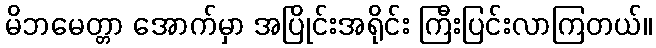
မိဘမေတ္တာ အောက်မှာ အပြိုင်းအရိုင်း ကြီးပြင်းလာကြတယ်။